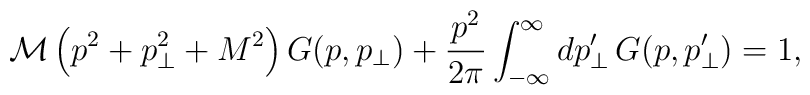
\mathcal{M}\left(p^2+p_\perp^2+M^2\right)G(p,p_\perp)+\frac{p^2}{2\pi}\int_{-\infty}^\infty dp'_\perp\, G(p,p'_\perp)=1,